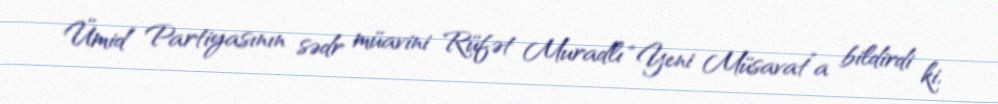
Ümid Partiyasının sədr müavini Rüfət Muradlı “Yeni Müsavat”a bildirdi ki,